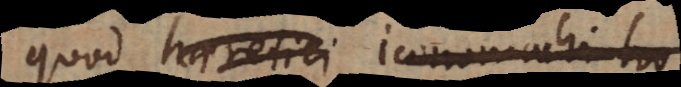
quod haeretici iconomachi hoc